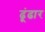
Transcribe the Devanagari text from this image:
ढूंढार